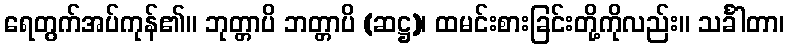
ရေတွက်အပ်ကုန်၏။ ဘုတ္တာပိ ဘတ္တာပိ (ဆဋ္ဌ)၊ ထမင်းစားခြင်းတို့ကိုလည်း။ သင်္ခါတာ၊